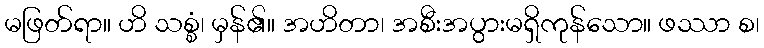
မဖြတ်ရာ။ ဟိ သစ္စံ၊ မှန်၏။ အဟိတာ၊ အစီးအပွားမရှိကုန်သော။ ဖဿာ စ၊